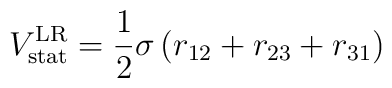
V_{{\rm stat}}^{{\rm LR}} = \frac{1}{2}\sigma \, (r_{12} + r_{23} + r_{31})